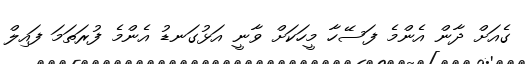
ގެއަށް ދާން އެންމެ ފަސޭހާ މީހަކަށް ވާނީ އަޅުގަނޑު އެންމެ ފުރަތަމަ ފައިލް